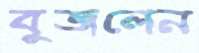
বুজলেন